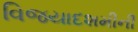
વિજયાદશમીની